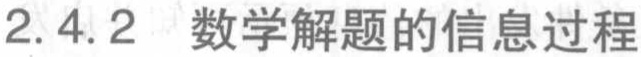
2.4.2 数学解题的信息过程